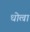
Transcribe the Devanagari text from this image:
धोल्रा